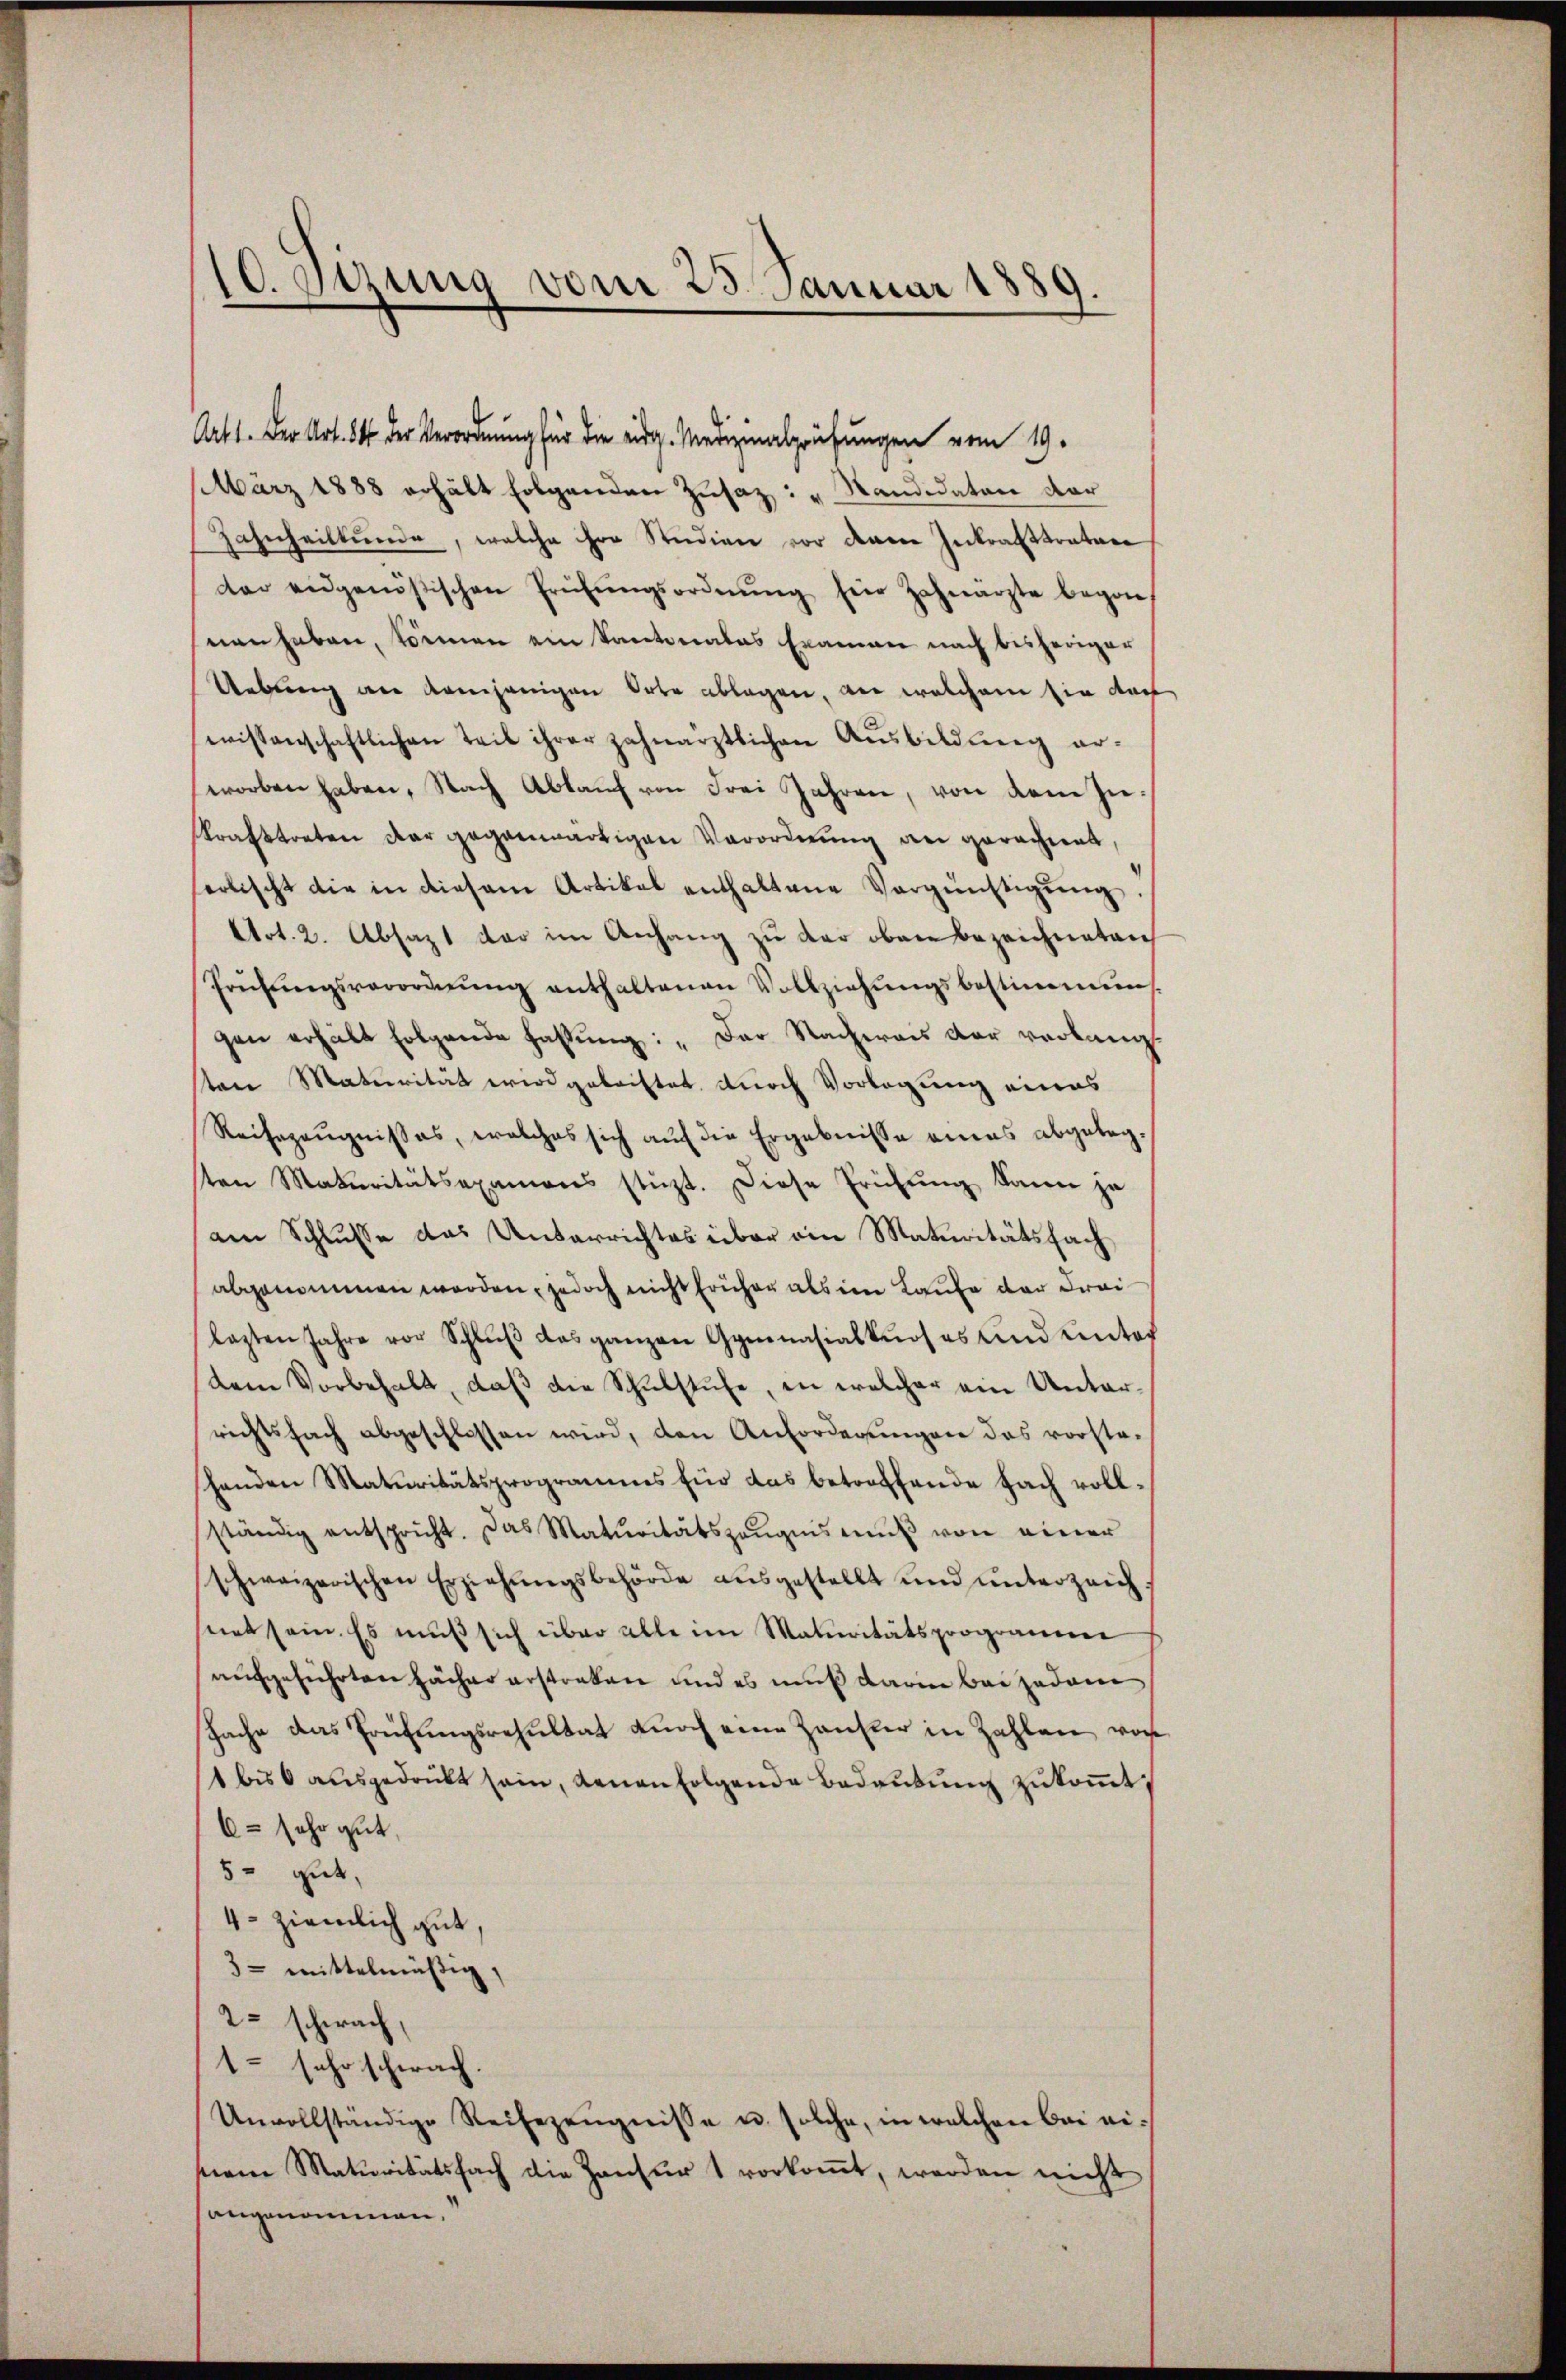
10. Sitzung vom 25. Januar 1889.

Art 1. Der Art. 84 der Verordnung für die eidg. Medizinalprüfungen vom 19.
März 1888 erhält folgenden Zusaz: " Kandidaten der
Zahnheiltende, welche ihre Studien vor dann Inkrafttrature
der eidgenößischen Prüfŭngsordnŭng für Zahnärzte begon
nen haben, können ein Kantonales Examen nach bisheriger
Uebung wie demjenigen Orte ablagen, der welchem sie doch
wissenschaftlichen Teil ihrer zahnärztlichen Ausbildung er-
worben haben. Nach Ablaŭf von Frei Jahren, von dem In-
strafttreten der gegenwärtigen Verordnung an gerachtet,
erlischt die in diesem Artikel enthaltene Vergünstigŭng.
Art. 2. Absagt dar im Anhang zu der oben bezeichneten
Prühŭngsverordnŭng enthaltenen Vollziehŭngsbestimmung
gen erhält folgende fassung: „Der Nacheraus der verlang.
ten Maturität wird gebristet, durch Vorlegung eines
Reihezeugnisses, welches sich auf die Ergebnisse eines abgelegsten Materitätsexamens stützt. Diese Erichŭng kann ja
am Schlusse das Unterrichtes über ein Maturitätsfach
abgenommen werden, jedoch nicht früher als im Laufe der Freilezten Jahre vor Schlŭβ das ganzen Gymnasialkurses und unter
dem Vorbehalt, daß die Schulstufe, in welcher ein Unterrichtsfach abgeschlossen wird, den Anforderŭngen das vorsteshenden Maturitätsprogramms für das betreffende Fach vollständig entspricht. Das Maturitätszeŭgniseŭβ von einer
schweizerischen Erziehŭngsbehörde aŭsgestellt und ŭnterzeichnet sein. Es muß sich über alle im Maturitätsprogramm
aufgeführten Fächer erstreken und es muß darin bei jedem
sache das Prüfungsresultat durch eine Zanster in Zahlen vor
1 bis 6 aŭsgedruckt sein, denen folgende Bedaŭbŭng zukommt
C. sehr gut,
5- gut,
4. ziemlich gut,
3- mittelmäßig,
2= schwach,
1 sehr schwach.
Unvollständige Reisezeŭgnisse u. solche, in welchen bei eiterm Maturitätsfach die Zanfŭr 1 vorkoṁt, werden nicht
angenommen,